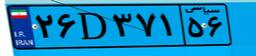
۲۶D۳۷۱۵۶